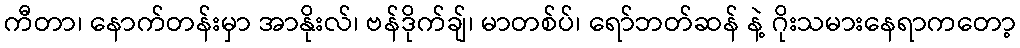
ကီတာ၊ နောက်တန်းမှာ အာနိုးလ်၊ ဗန်ဒိုက်ချ်၊ မာတစ်ပ်၊ ရော်ဘတ်ဆန် နဲ့ ဂိုးသမားနေရာကတော့